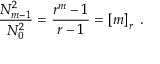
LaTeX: \frac { N _ { m - 1 } ^ { 2 } } { N _ { 0 } ^ { 2 } } = \frac { r ^ { m } - 1 } { r - 1 } = \left[ m \right] _ { r } \; .